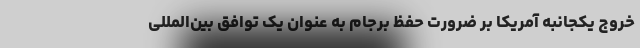
خروج یکجانبه آمریکا بر ضرورت حفظ برجام به عنوان یک توافق بین‌المللی